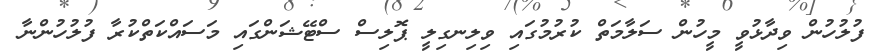
ފުލުހުން ވިދާޅުވީ މީހުން ސަލާމަތް ކުރުމުގައި ވިލިނގިލީ ޕޮލިސް ސްޓޭޝަންގައި މަސައްކަތްކުރާ ފުލުހުންނާ